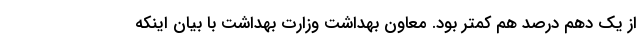
از یک دهم درصد هم کمتر بود. معاون بهداشت وزارت بهداشت با بیان اینکه